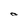
Character: O